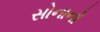
સોનાનો